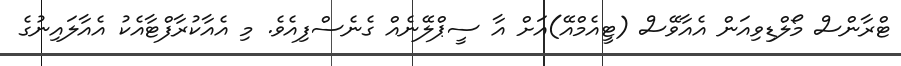
ޓްރާންސް މޯލްޑިވިއަން އެއާވޭސް (ޓީއެމްއޭ)އަށް އާ ސީޕްލޭނެއް ގެނެސްފިއެވެ. މި އެއާކުރާފްޓާއެކު އެއާލައިނުގެ